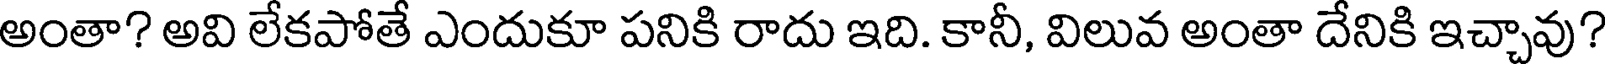
అంతా? అవి లేకపోతే ఎందుకూ పనికి రాదు ఇది. కానీ, విలువ అంతా దేనికి ఇచ్చావు?